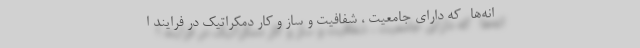
انه‌ها -که دارای جامعیت ، شفافیت و ساز و کار دمکراتیک در فرایند ا